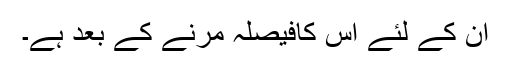
ان کے لئے اس کافیصلہ مرنے کے بعد ہے۔